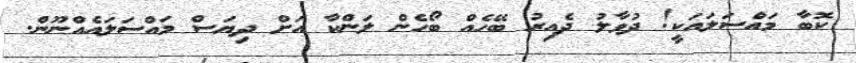
ކޮބާ މައްސަލައަކީ! ދުވާލު ދެއިރު ބޭހެއް ބޯހެން ލަންކާ އަށް ދިޔަސް މައްސަލައެއްނޫން.